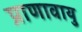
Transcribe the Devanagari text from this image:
प्राणावायु